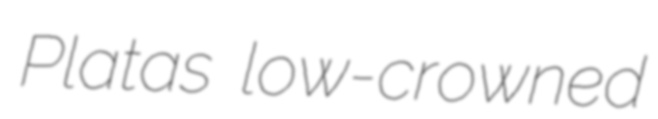
Platas low-crowned